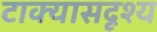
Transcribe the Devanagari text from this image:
टाक्यासदृश्य